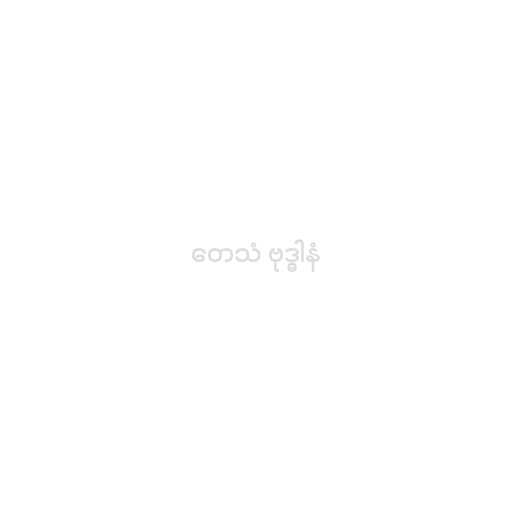
တေသံ ဗုဒ္ဓါနံ